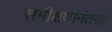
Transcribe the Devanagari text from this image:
समीक्षणांनंतरही